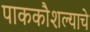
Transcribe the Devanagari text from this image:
पाककौशल्याचे